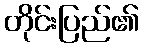
တိုင်းပြည်၏